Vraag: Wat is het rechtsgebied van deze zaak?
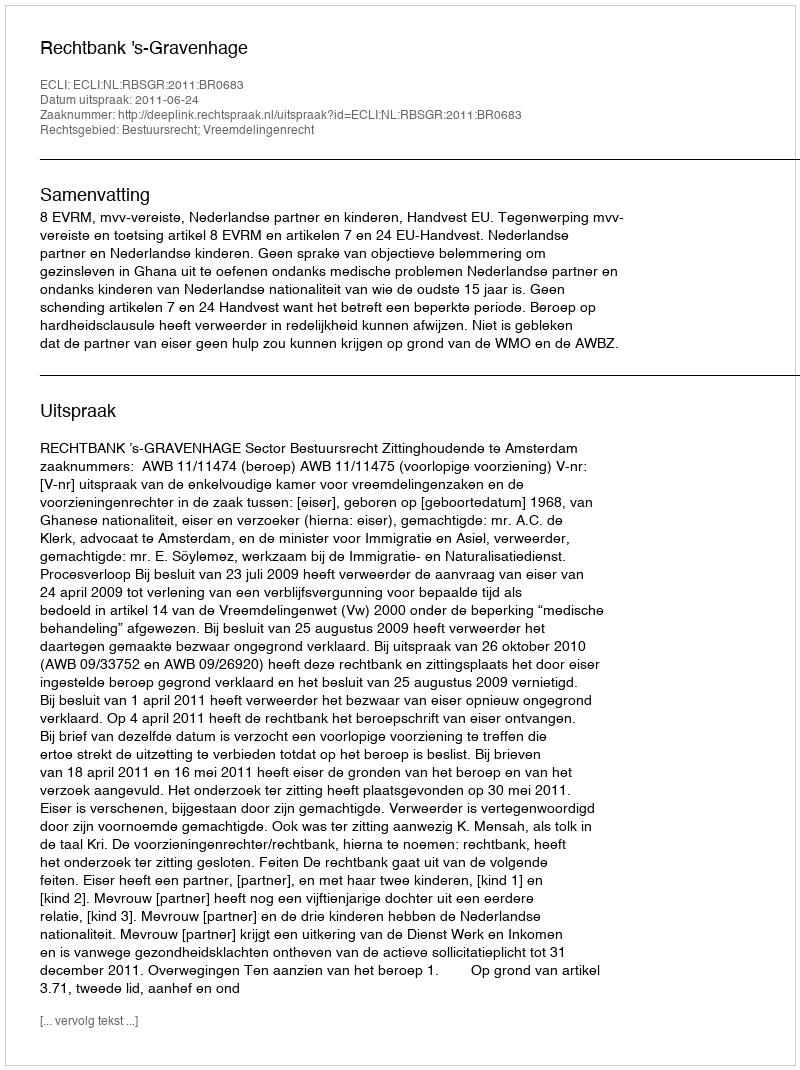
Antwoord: Bestuursrecht; Vreemdelingenrecht